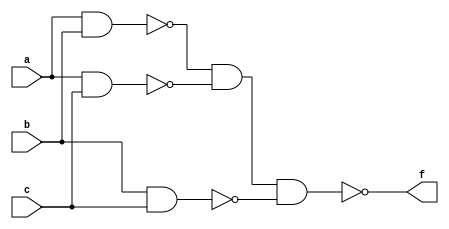
module q2_2(a,b,c,f);
input a,b,c;
output f;
nand(f1,a,b);
nand(f2,a,c);
nand(f3,b,c);
nand(f,f1,f2,f3);
endmodule